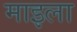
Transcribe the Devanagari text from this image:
माइला